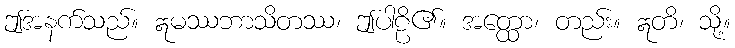
ဤအနက်သည်။ ဣမဿဘာသိတဿ၊ ဤပါဠိ၏။ အတ္ထော၊ တည်း။ ဣတိ၊ သို့။